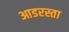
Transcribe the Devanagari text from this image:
आडरस्ता